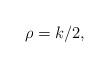
LaTeX: \begin{align*}\rho = k/2,\end{align*}